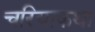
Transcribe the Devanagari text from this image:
चरियाकथा